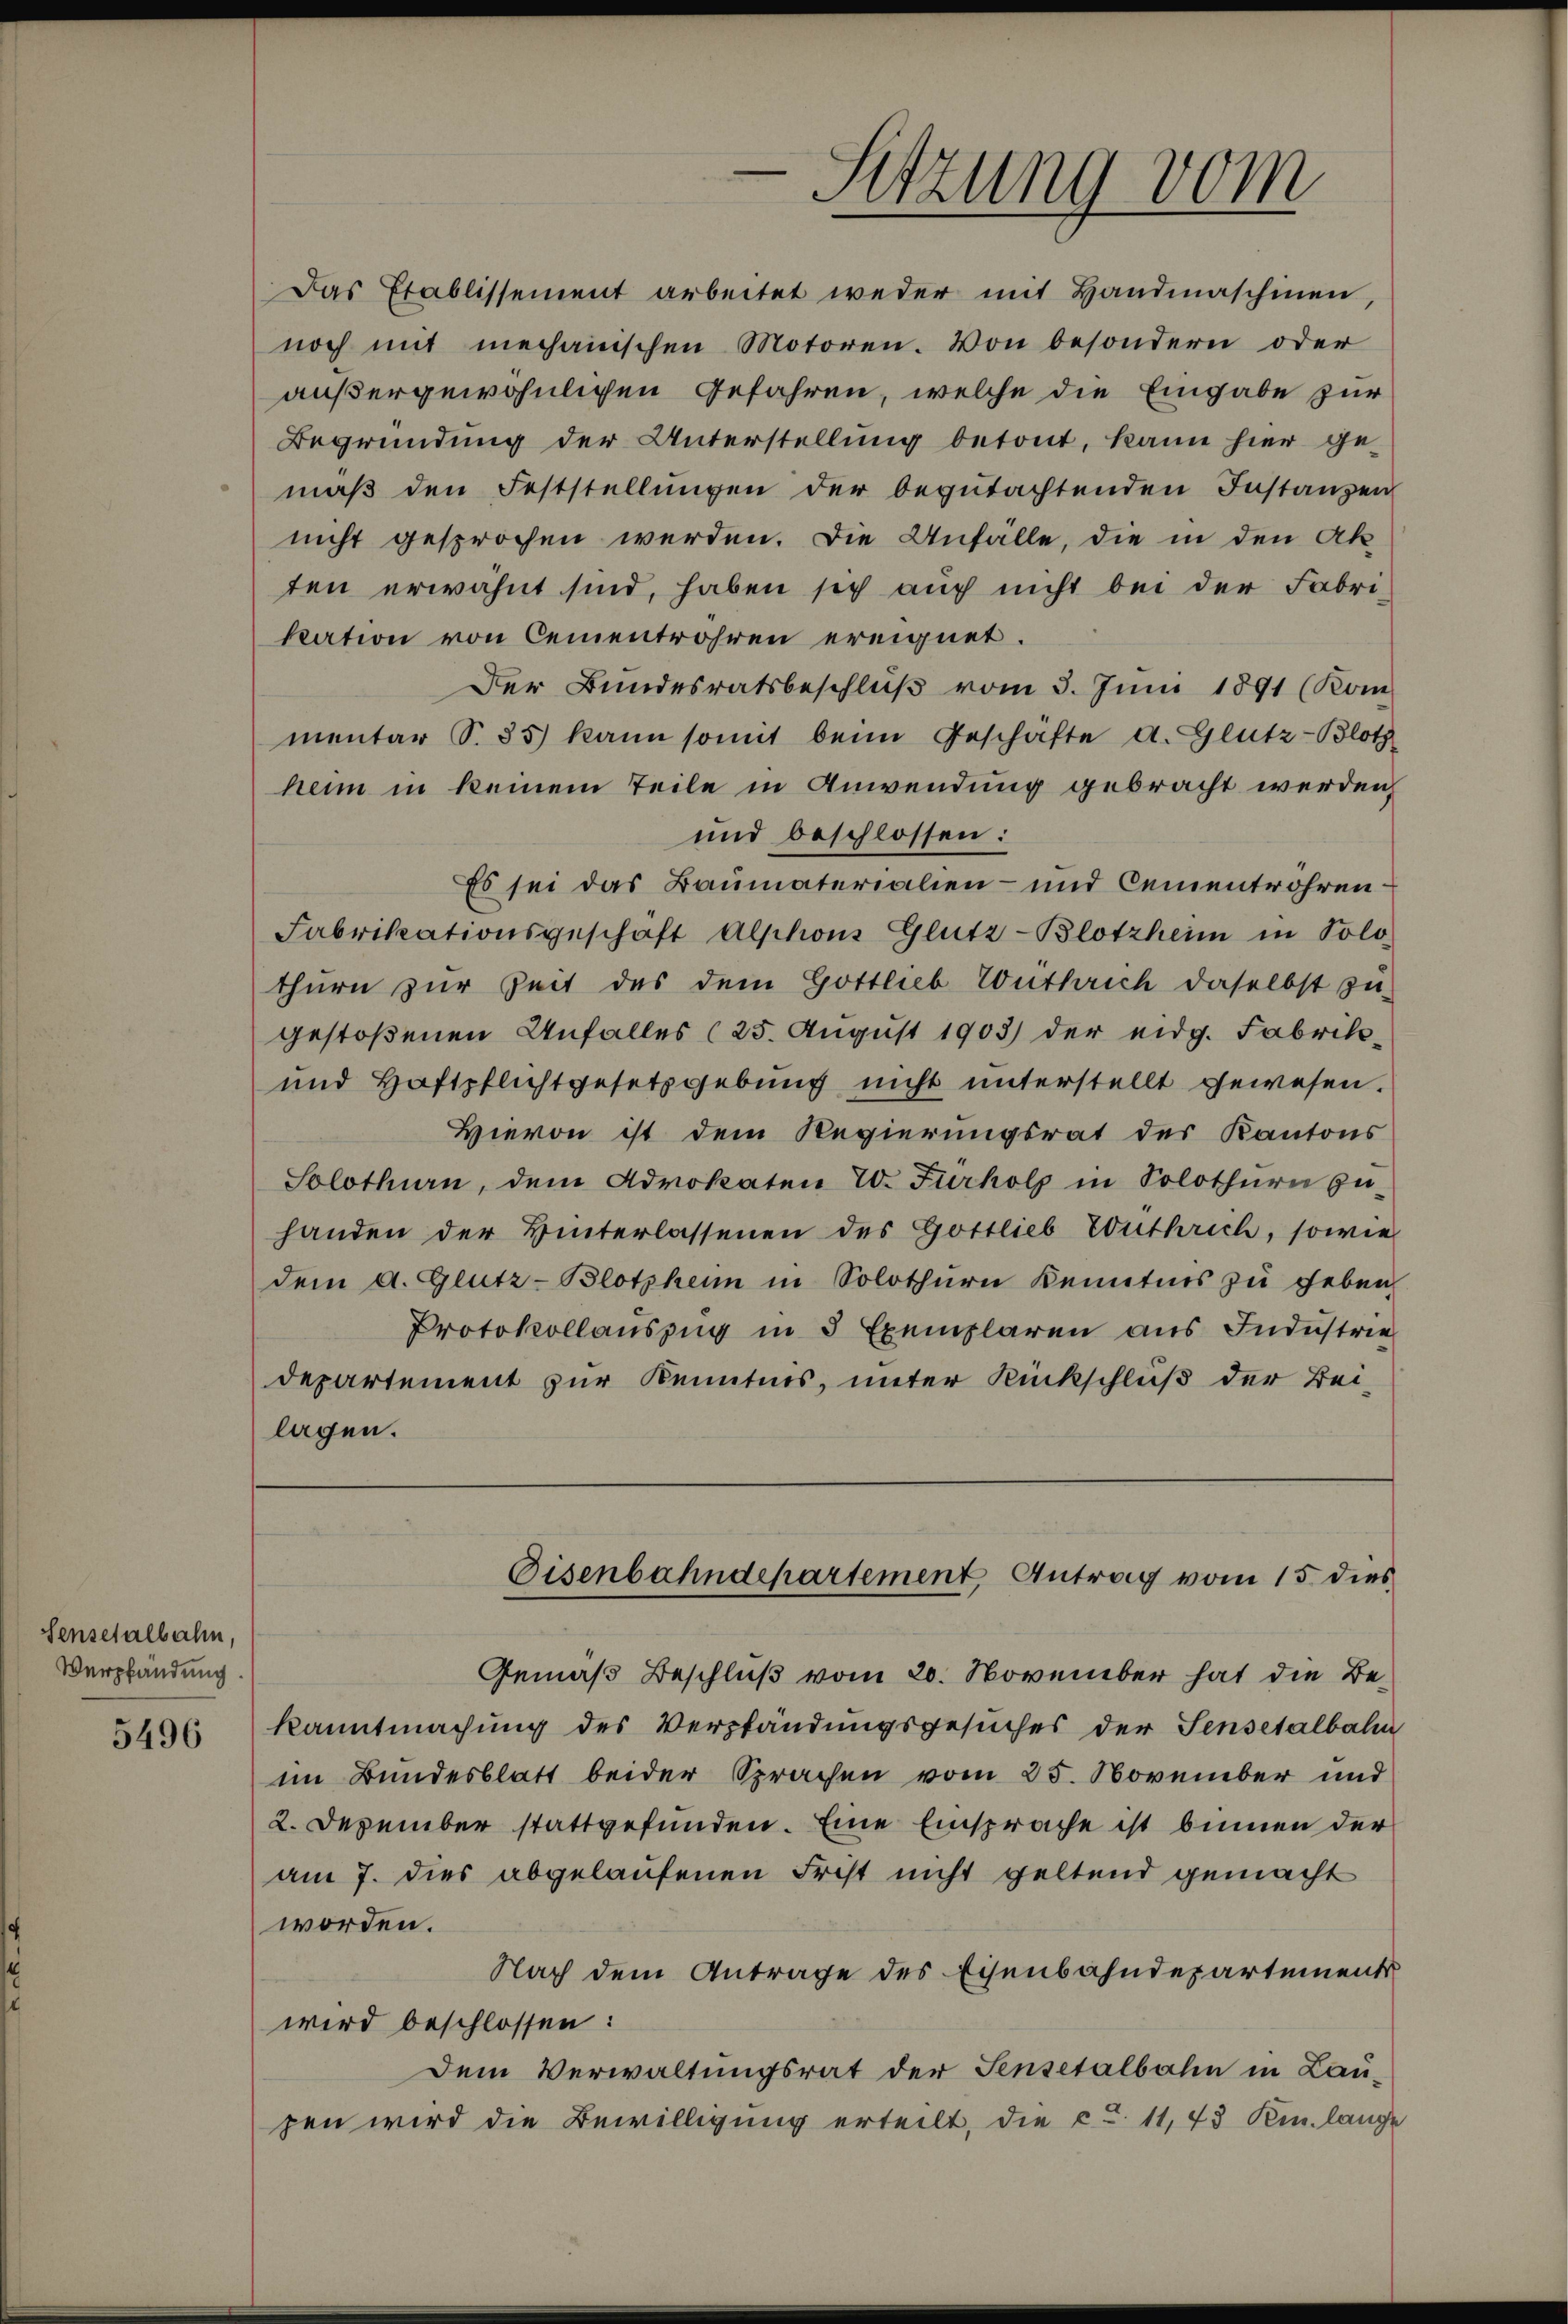
Sensetalbahn,
Verpfändung

5496

Das Etablissement arbeitet weder mit Handmaschinen.
noch mit mechanischen Motoren. Von besondern oder
außergewöhnlichen Gefahren, welche die Eingabe zur
Begründung der Unterstellung betont, kann hier ge-
mäβ den Feststellungen der begutachtenden Instanzen
nicht gesprochen werden. Die Anfalle, die in den Ak
ten erwähnt sind, haben sich auch nicht bei der Fabri-
kation von Cementrohren ereignet.
Der Bundesratsbeschluß vom 3. Juni 1891 (Kommentar S. 35) kann somit beim Geschäfte d. Glutz-Blotz
heim in keinem Teile in Anwendung gebracht werden,
und beschlossen:
Es sei das Baumaterialien- und Cementröhren¬
Fabrikationsgeschäft Alphons Glutz-Blotzheim in Solo-
thurn zur Zeit des dem Gottlieb Wuthrich daselbst zu-
gestoßenen Unfalles (25. August 1903) der eidg. Fabrik¬
und Haftpflichtgesetzgebung nicht unterstellt gewesen.
Hievon ist dem Regierungsrat des Kantons
Solothurn, dem Advokaten E. Fürholz in Solothurn zu-
handen der Hinterlassenen des Gottlieb Zouthrich, sowie
dem a. Glutz-Blotphen in Solothurn kenntnis zŭ geben.
Protokollauszug in 3 Exemplaren aus Industrie
departement zur Kenntnis, unter Rückschluß der Bei-
lagen.

Sitzung vom

Eisenbahndepartement Antrag vom 15. dies

Gemäß Beschluß vom 20. November hat die Bekanntmachung des Verpfändungsgesuches der Sensetalbahn
im Bundesblatt beider Sprachen vom 25. November und
2. Dezember stattgefunden. Eine Einsprache ist binnen der
am 7. dies abgelaufenen Frist nicht geltend gemacht
worden.
Nach dem Antrage des Eisenbahndepartements
wird beschlossen:
Dem Verwaltungsrat der Sensetalbahn in Laupen wird die Bewilligung erteilt, die ca 11, 43 Kr. lange